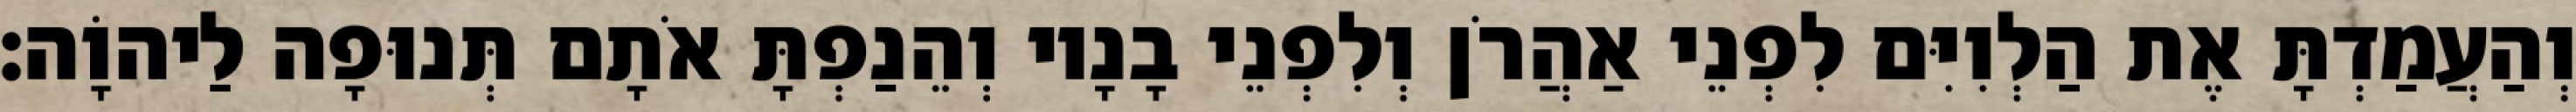
וְהַעֲמַדְתָּ אֶת הַלְוִיִּם לִפְנֵי אַהֲרֹן וְלִפְנֵי בָנָיו וְהֵנַפְתָּ אֹתָם תְּנוּפָה לַיהוָֹה׃